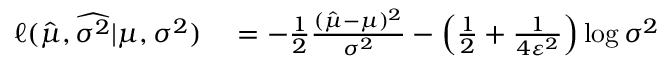
\begin{array} { r l } { \ell ( \hat { \mu } , \widehat { \sigma ^ { 2 } } | \mu , \sigma ^ { 2 } ) } & { { } = - \frac { 1 } { 2 } \frac { ( \hat { \mu } - \mu ) ^ { 2 } } { \sigma ^ { 2 } } - \left( \frac { 1 } { 2 } + \frac { 1 } { 4 \varepsilon ^ { 2 } } \right) \log { \sigma ^ { 2 } } } \end{array}